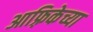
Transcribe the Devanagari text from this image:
आफ़्रिकेच्या